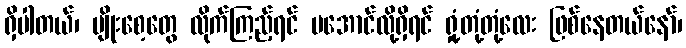
ရှိပါတယ်၊ မျိုးစေ့တွေ လိုက်ကြည့်ရင် မအောင်လို့ရှိရင် ရှုံ့တုံ့တုံ့လေး ဖြစ်နေတယ်နော်၊